Lunatic asylums United Provinces 1899-1908 - 1899-1908
Year: 1899
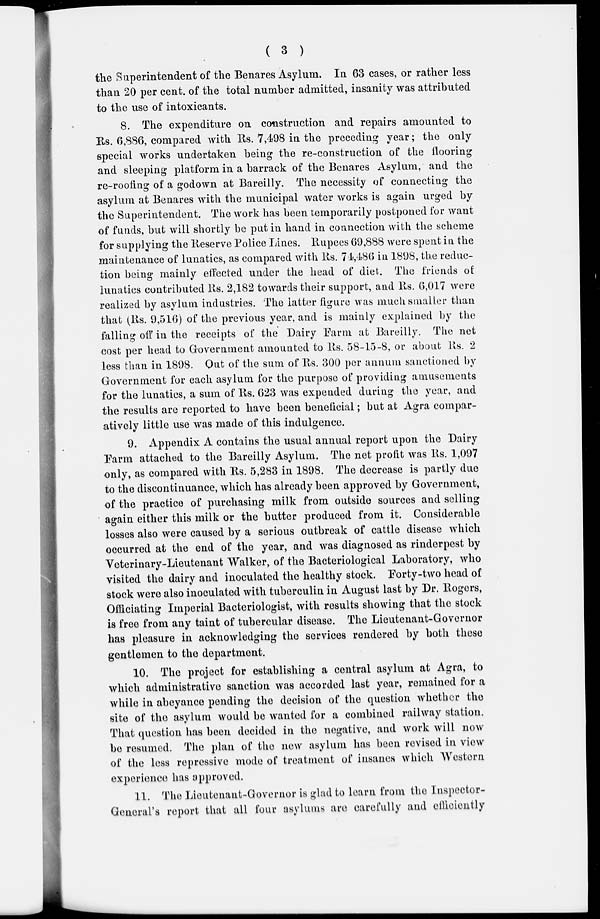
( 3 )
the Superintendent of the Benares Asylum. In 63 cases, or rather less
than 20 per cent. of the total number admitted, insanity was attributed
to the use of intoxicants.
8. The expenditure on construction and repairs amounted to
Rs. 6,886, compared with Rs. 7,498 in the preceding year; the only
special works undertaken being the re-construction of the flooring
and sleeping platform in a barrack of the Benares Asylum, and the
re-roofing of a godown at Bareilly. The necessity of connecting the
asylum at Benares with the municipal water works is again urged by
the Superintendent. The work has been temporarily postponed for want
of funds, but will shortly be put in hand in connection with the scheme
for supplying the Reserve Police Lines. Rupees 69,888 were spent in the
maintenance of lunatics, as compared with Rs. 74,486 in 1898, the reduc-
tion being mainly effected under the head of diet. The friends of
lunatics contributed Rs. 2,182 towards their support, and Rs. 6,017 were
realized by asylum industries. The latter figure was much smaller than
that (lis. 9,516) of the previous year, and is mainly explained by the
falling off in the receipts of the Dairy Farm at Bareilly. The net
cost per head to Government amounted to Rs. 58-15-8, or about Rs. 2
less than in 1898. Out of the sum of Rs. 300 per annum sanctioned by
Government for each asylum for the purpose of providing amusements
for the lunatics, a sum of Rs. 623 was expended during the year, and
the results are reported to have been beneficial ; but at Agra compar-
atively little use was made of this indulgence.
9. Appendix A contains the usual annual report upon the Dairy
Farm attached to the Bareilly Asylum. The net profit was Rs. 1,097
only, as compared with Rs. 5,283 in 1898. The decrease is partly due
to the discontinuance, which has already been approved by Government,
of the practice of purchasing milk from outside sources and selling
again either this milk or the butter produced from it. Considerable
losses also were caused by a serious outbreak of cattle disease which
occurred at the end of the year, and was diagnosed as rinderpest by
Veterinary-Lieutenant Walker, of the Bacteriological Laboratory, who
visited the dairy and inoculated the healthy stock. Forty-two head of
stock were also inoculated with tuberculin in August last by Dr. Rogers,
Officiating Imperial Bacteriologist, with results showing that the stock
is free from any taint of tubercular disease. The Lieutenant-Governor
has pleasure in acknowledging the services rendered by both these
gentlemen to the department.
10. The project for establishing a central asylum at Agra, to
which administrative sanction was accorded last year, remained for a
while in abeyance pending the decision of the question whether the
site of the asylum would be wanted for a combined railway station.
That question has been decided in the negative, and work will now
be resumed. The plan of the new asylum has been revised in view
of the less repressive mode of treatment of insanes which Western
experience has approved.
11. The Lieutenant-Governor is glad to learn from the Inspector-
General's report that all four asylums are carefully and efficiently